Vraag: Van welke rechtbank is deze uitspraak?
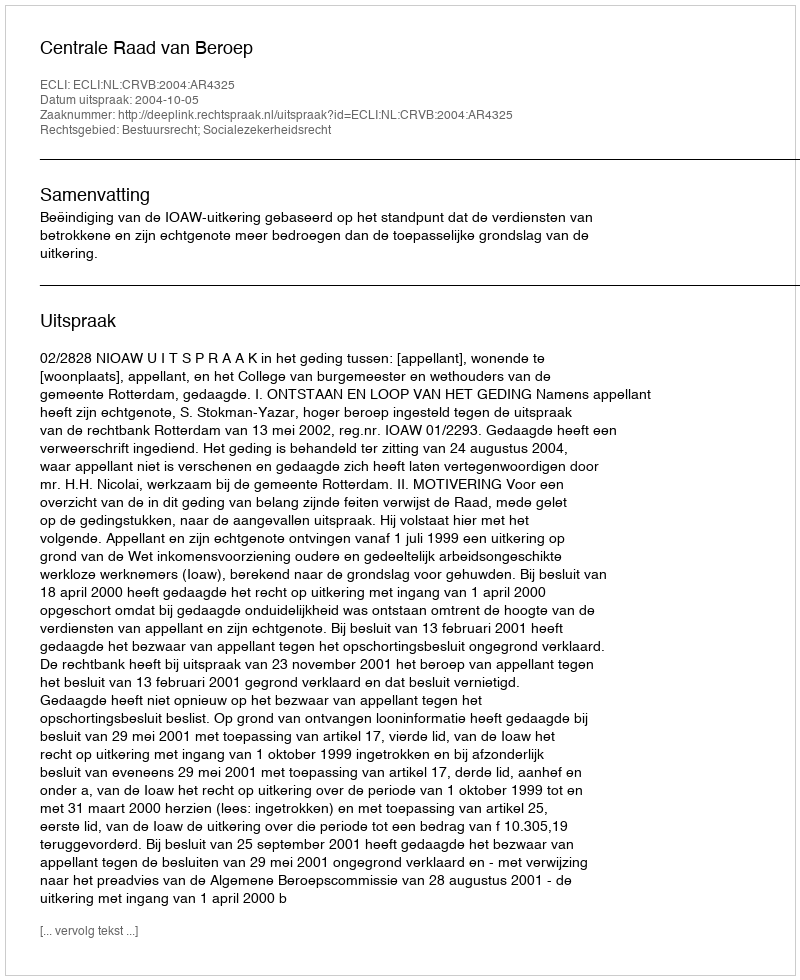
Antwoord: Centrale Raad van Beroep